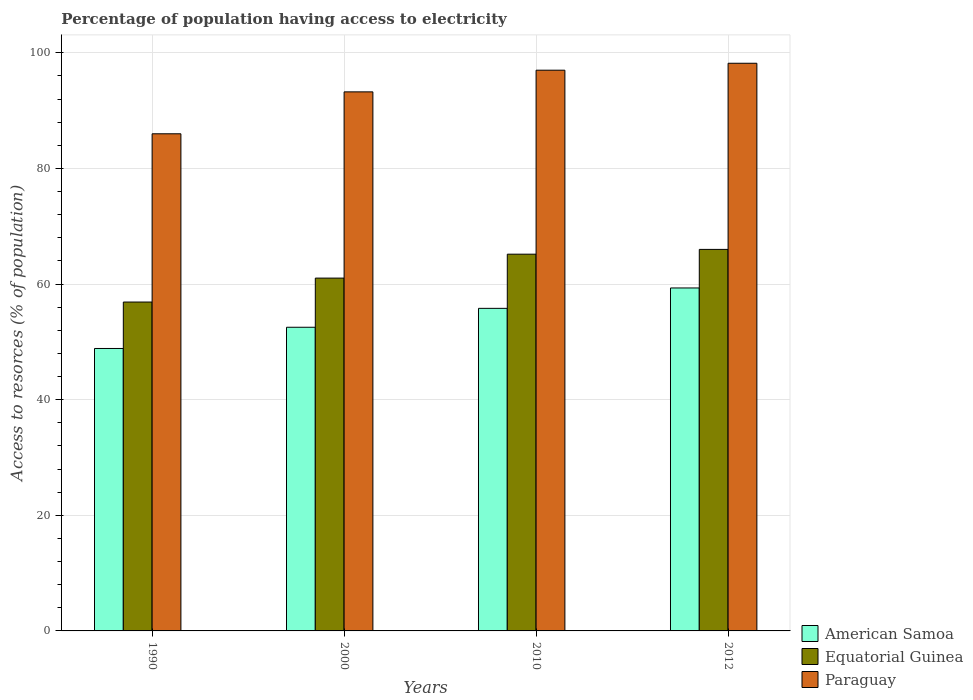
| Years | American Samoa | Equatorial Guinea | Paraguay |
 | --- | --- | --- | --- |
 | 1990 | 48.9 | 56.9 | 86 |
 | 2000 | 52.5 | 61 | 93.2 |
 | 2010 | 55.8 | 65.2 | 97 |
 | 2012 | 59.3 | 66 | 98.2 |